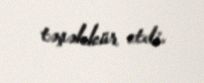
təşəkkür etdi.